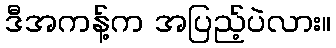
ဒီအကန့်က အပြည့်ပဲလား။